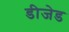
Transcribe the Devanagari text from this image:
डीजेड